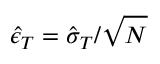
\hat { \epsilon } _ { T } = \hat { \sigma } _ { T } / \sqrt { N }